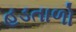
હડતાળો